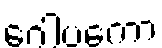
ဂေါပကော